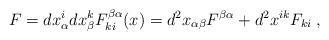
LaTeX: \begin{align*}F= dx^i_\alpha dx^k_\beta F^{\beta \alpha}_{ki}(x)=d^2 x_{\alpha\beta}F^{\beta \alpha} + d^2 x^{ik}F_{ki}\;,\end{align*}